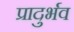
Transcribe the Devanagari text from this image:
प्रादुर्भव